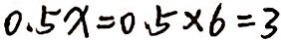
0 . 5 x = 0 . 5 \times 6 = 3